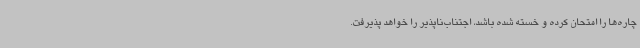
چاره‌ها را امتحان کرده و خسته شده باشد، اجتناب‌ناپذیر را خواهد پذیرفت.